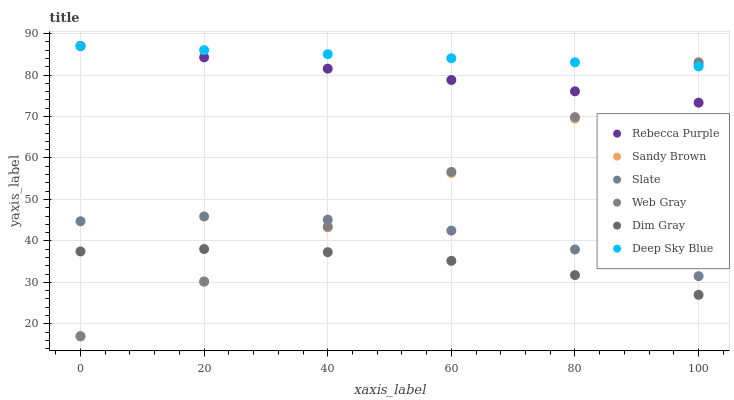
| xaxis_label | Rebecca Purple | Sandy Brown | Slate | Web Gray | Dim Gray | Deep Sky Blue |
 | --- | --- | --- | --- | --- | --- | --- |
 | 0 | 87 | 17 | 44.7 | 17 | 37.5 | 87 |
 | 20 | 84.3 | 30.1 | 45.9 | 30.2 | 38 | 86 |
 | 40 | 81.5 | 43.3 | 45.1 | 43.4 | 37.3 | 85 |
 | 60 | 78.8 | 56.4 | 42.5 | 56.6 | 35.2 | 84 |
 | 80 | 76.1 | 69.5 | 37.9 | 69.8 | 31.8 | 83.1 |
 | 100 | 73.3 | 82.6 | 31.5 | 83.1 | 27 | 82.1 |